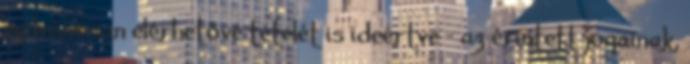
nyilvánosan elérhetővé tételét is ideértve – az érintett jogainak,